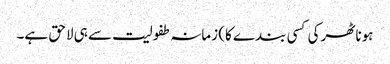
ہونا ٹھرکی کسی بندے کا) زمانہ طفولیت سے ہی لاحق ہے۔